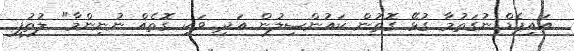
އައިޕެޑް ނުގަތުމާ ގުޅޭ ގޮތުން ކައުންސިލުން އަދި ވަކި ގޮތެއް ނުނިންމާ" ލުތުފީ